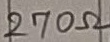
Text: 270Ω